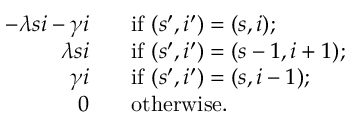
\begin{array} { r l } { - \lambda s i - \gamma i \; \; } & { \mathrm { ~ i f ~ } ( s ^ { \prime } , i ^ { \prime } ) = ( s , i ) ; } \\ { \lambda s i \; \; } & { \mathrm { ~ i f ~ } ( s ^ { \prime } , i ^ { \prime } ) = ( s - 1 , i + 1 ) ; } \\ { \gamma i \; \; } & { \mathrm { ~ i f ~ } ( s ^ { \prime } , i ^ { \prime } ) = ( s , i - 1 ) ; } \\ { 0 \; \; } & { \mathrm { ~ o t h e r w i s e . } } \end{array}